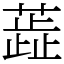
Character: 蕋